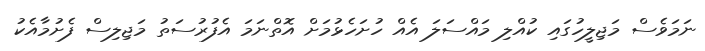
ނަމަވެސް މަޖިލީހުގައި ކުއްލި މައްސަލަ އެއް ހުށަހެޅުމަށް އޮތްނަމަ އެފުރުސަތު މަޖިލިސް ފެށުމާއެކު